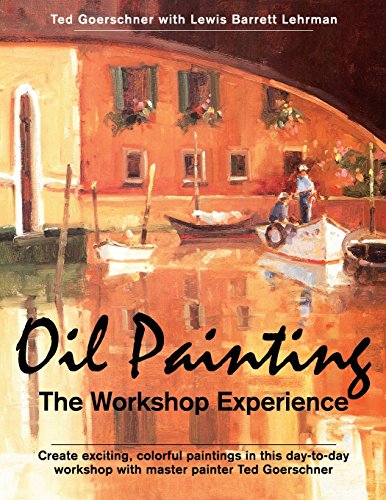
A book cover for Oil Painting: The Workshop Experience; Ted Goerschner; Arts & Photography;